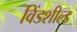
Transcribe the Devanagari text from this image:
विंडशील्‍ड